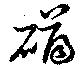
礴